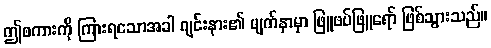
ဤစကားကို ကြားရသောအခါ ဂျင်းနား၏ မျက်နှာမှာ ဖြူဖပ်ဖြူရော် ဖြစ်သွားသည်။